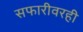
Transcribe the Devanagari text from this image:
सफारीवरही